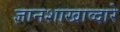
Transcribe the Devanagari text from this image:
ज्ञानशाखाव्दारे